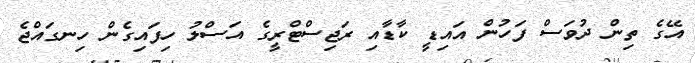
އޭގެ ތިން ދުވަސް ފަހުން އައިޑީ ކާޑާއި ރަޖިސްޓްރީގެ އަސްލު ހިފައިގެން ހިނގައްޖެ